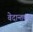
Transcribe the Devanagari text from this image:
वेदान्तकार